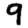
Digit: 9